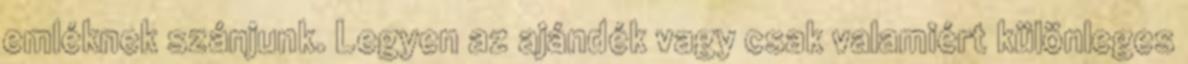
emléknek szánjunk. Legyen az ajándék vagy csak valamiért különleges